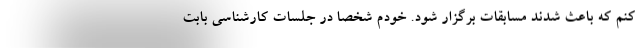
کنم که باعث شدند مسابقات برگزار شود. خودم شخصا در جلسات کارشناسی بابت